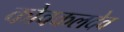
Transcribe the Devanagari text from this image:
कोवकलदेव